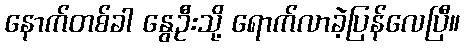
နောက်တစ်ခါ နွေဦးသို့ ရောက်လာခဲ့ပြန်လေပြီ။